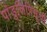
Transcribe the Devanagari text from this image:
पांडुलिपिसूची